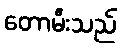
တောမီးသည်